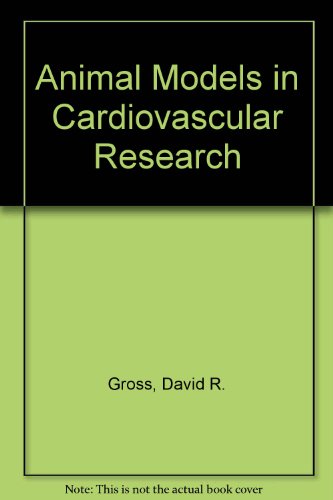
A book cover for Animal Models in Cardiovascular Research; D.R. Gross; Medical Books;